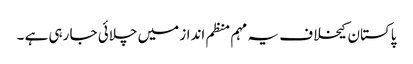
پاکستان کیخلاف یہ مہم منظم انداز میں چلائی جا رہی ہے ۔